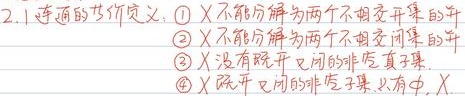
2.1 连通的等价定义：\textcircled{1} \(X\) 不能分解为两个不相交开集的并
\textcircled{2} \(X\) 不能分解为两个不相交闭集的并
\textcircled{3} \(X\) 没有既开又闭的非空真子集
\textcircled{4} \(X\) 除了 \(X\) 的非空子集，只有 \(X\)